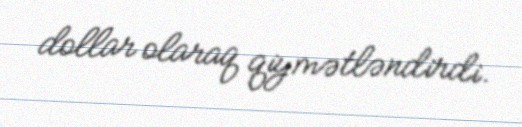
dollar olaraq qiymətləndirdi.